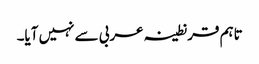
تاہم قرنطینہ عربی سے نہیں آیا۔